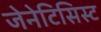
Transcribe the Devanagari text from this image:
जेनेटिसिस्ट